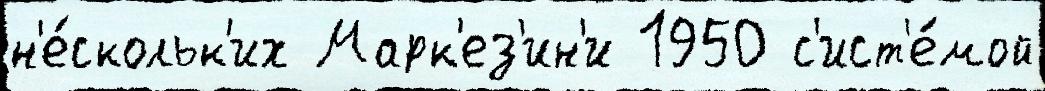
н'е́скольк'их Марк'ез'ин'и 1950 с'ист'е́мой